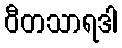
ဝီတသာရဒါ